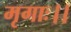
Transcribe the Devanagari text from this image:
मृगाः।।